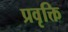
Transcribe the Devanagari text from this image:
प्रवृक्ति